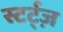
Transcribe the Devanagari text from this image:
स्टर्ट्ज़